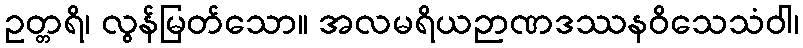
ဥတ္တရိ၊ လွန်မြတ်သော။ အလမရိယဉာဏဒဿနဝိသေသံဝါ၊